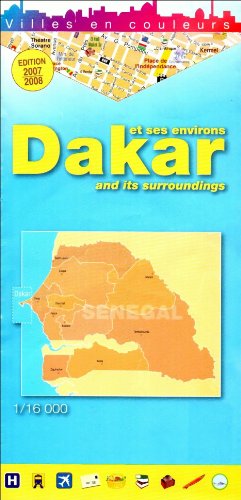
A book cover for Dakar; Travel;